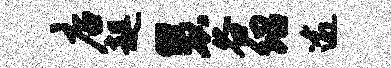
店趄慧谷绍逾